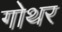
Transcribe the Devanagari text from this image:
गोथर